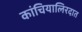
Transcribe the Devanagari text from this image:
कांचियालिरदात